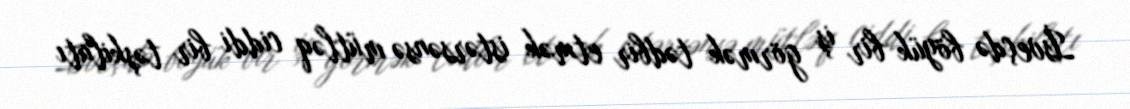
İsveçdə böyük bir iş görmək tədbir etmək istərsənsə mütləq ciddi bir təşkilatı